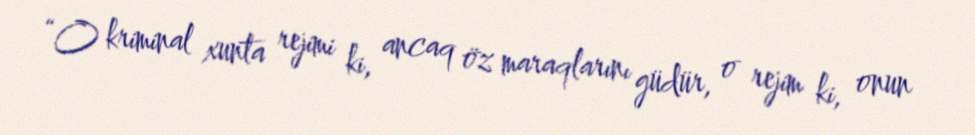
“O kriminal xunta rejimi ki, ancaq öz maraqlarını güdür, o rejim ki, onun